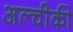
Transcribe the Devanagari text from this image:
अल्चीकी